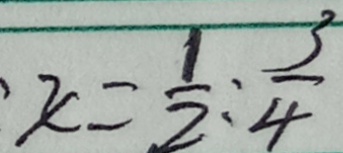
x = \frac { 1 } { 2 } : \frac { 3 } { 4 }